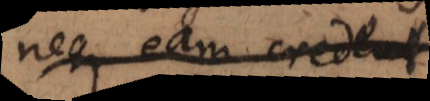
neque eam credent.